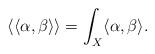
LaTeX: \begin{align*} \langle \langle \alpha, \beta \rangle \rangle = \int_{X} \langle \alpha, \beta \rangle. \end{align*}